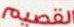
القصيم